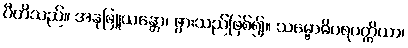
ပီတိသည်။ အနုဖြူယန္တော၊ ဖွားသည်ဖြစ်၍။ သမ္ဗောဓိပရပတ္တိယာ၊